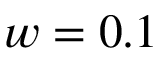
w = 0 . 1